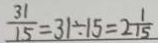
\frac { 3 1 } { 1 5 } = 3 1 \div 1 5 = 2 \frac { 1 } { 1 5 }